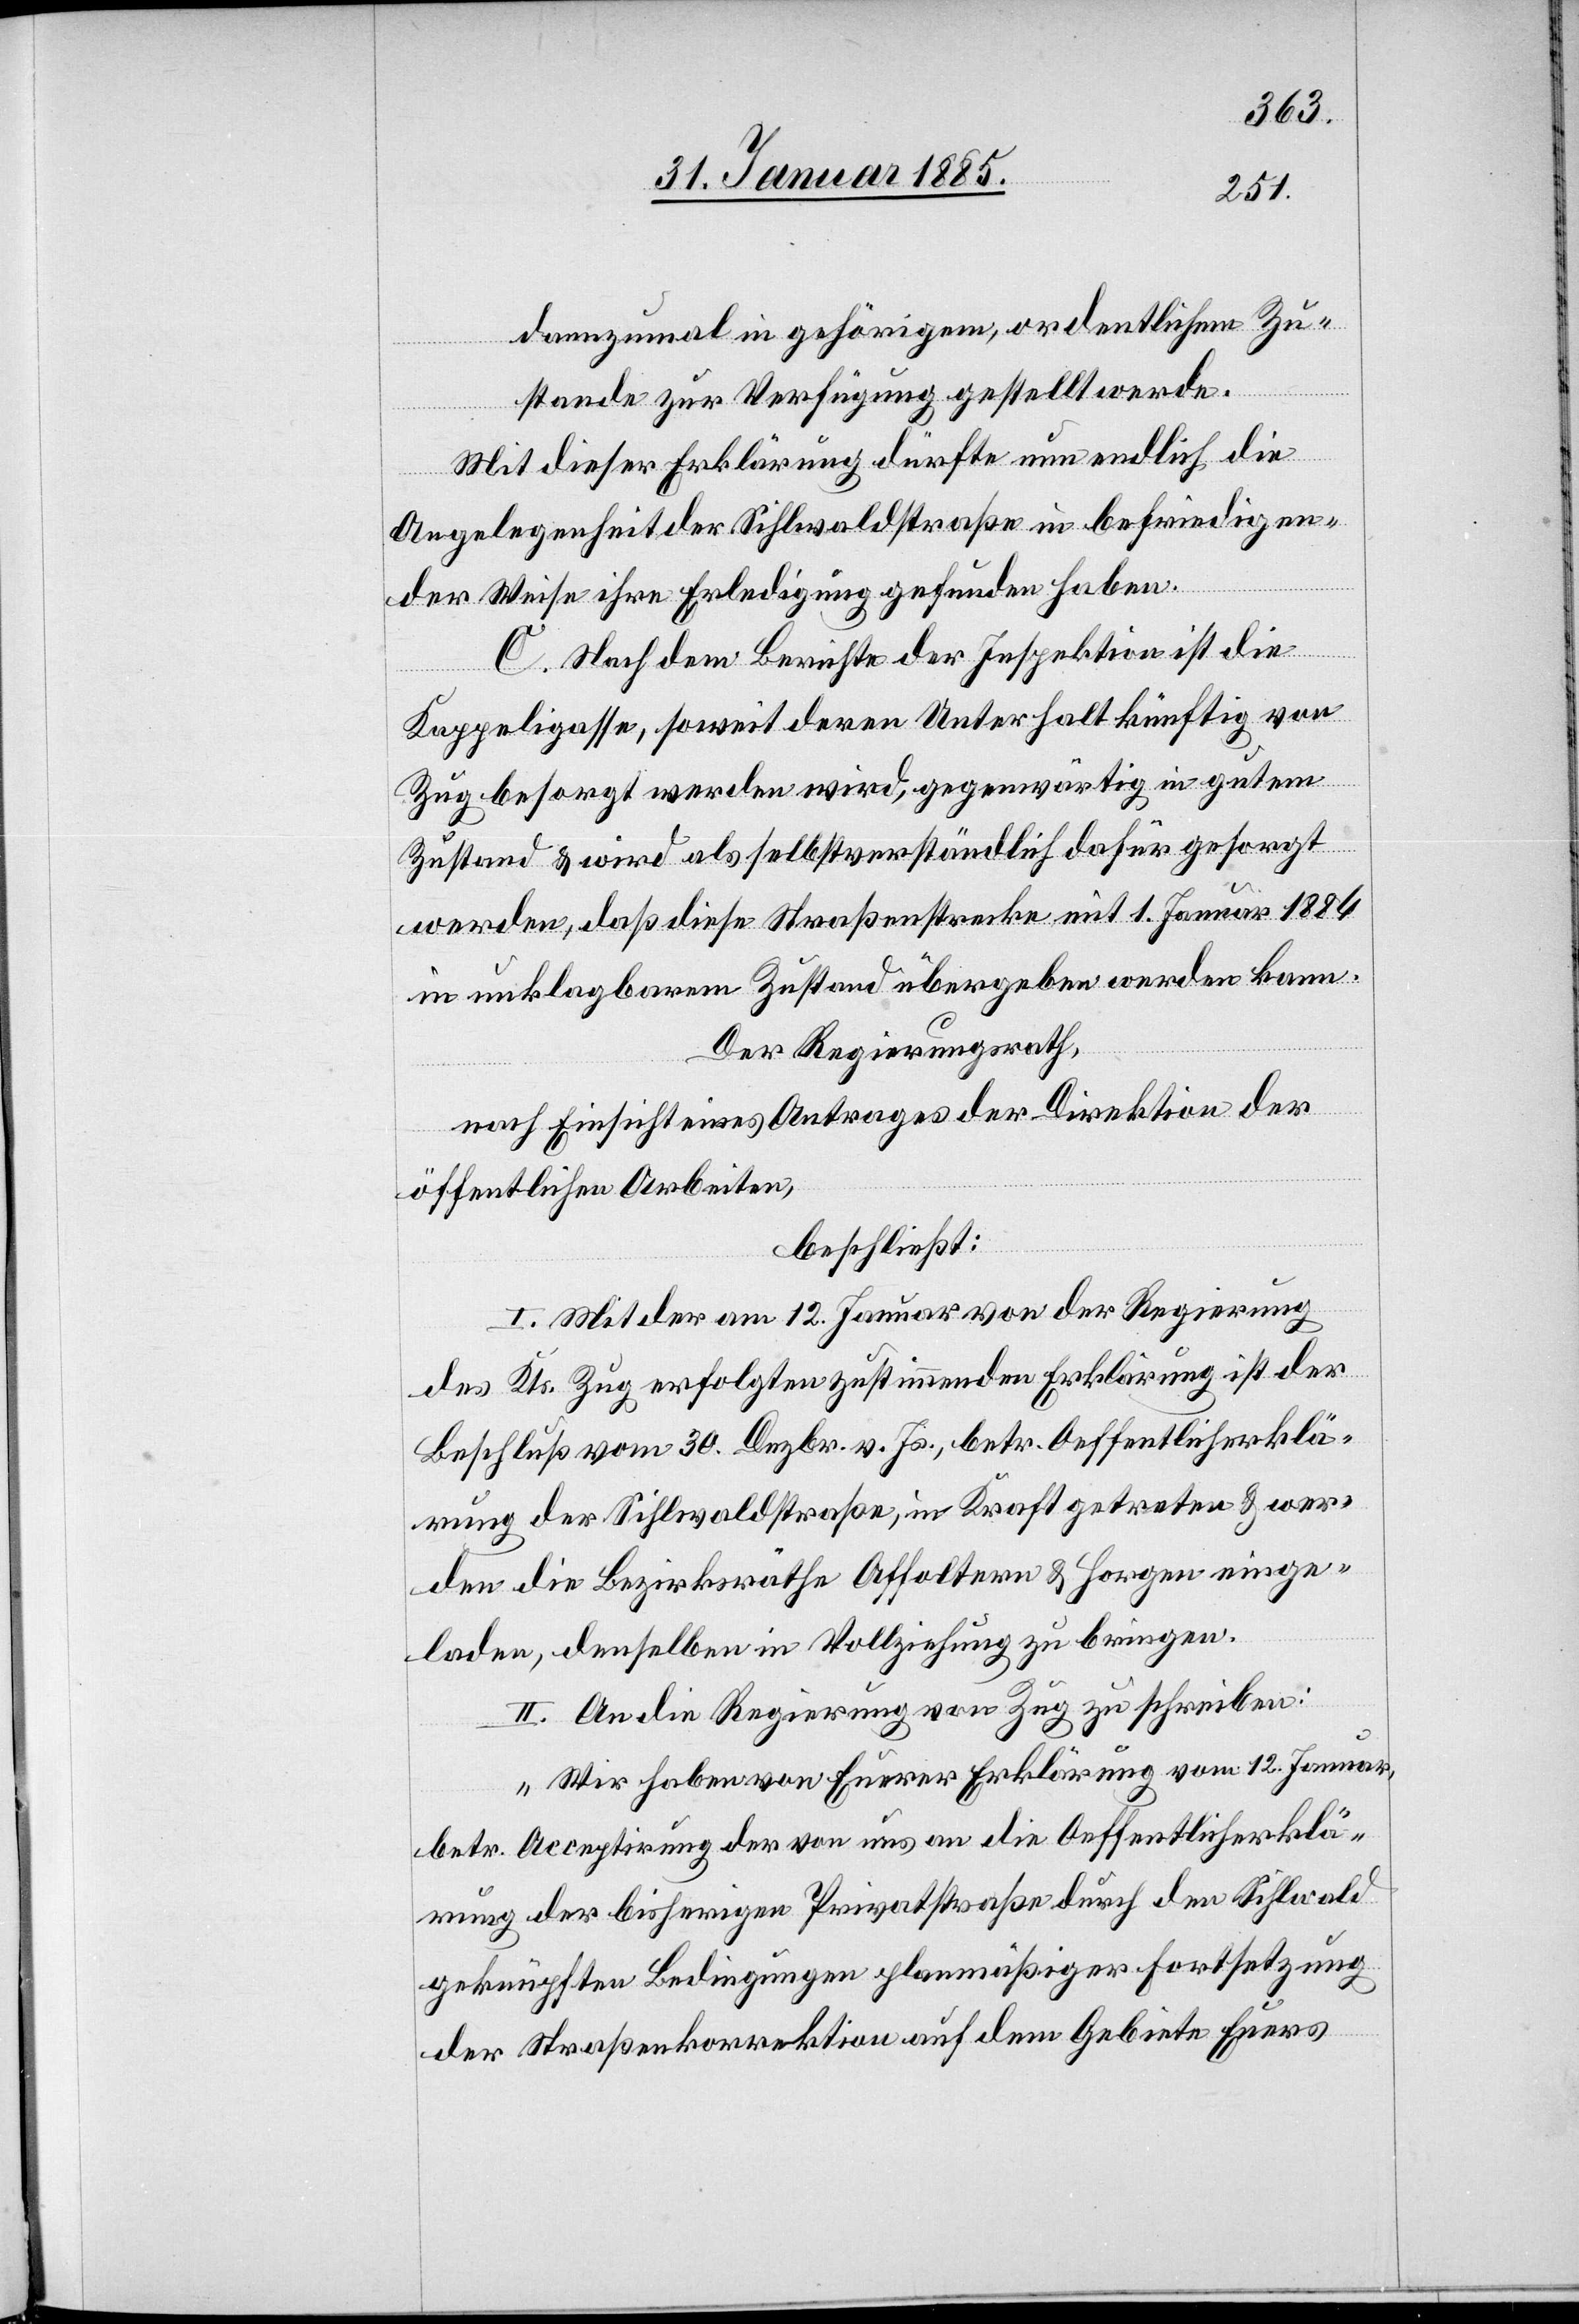
dannzumal in gehörigem, ordentlichen Zu¬
stande zur Verfügung gestellt werde.
Mit dieser Erklärung dürfte nun endlich die
Angelegenheit der Sihlwaldstraße in befriedigen¬
der Weise ihre Erledigung gefunden haben.
C. Nach dem Berichte der Inspektion ist die
Kappeligasse soweit deren Unterhalt künftig von
Zug besorgt werden wird, gegenwärtig in gutem
Zustand & wird als selbstverständlich dafür gesorgt
werden, daß diese Straßenstrecke mit 1. Januar 1884
in unklagbarem Zustand übergeben werden kann.
Der Regierungsrath,
nach Einsicht eines Antrages der Direktion der
öffentlichen Arbeiten,
beschließt:
I. Mit der am 12. Januar von der Regierung
des Kts. Zug erfolgten zustimmenden Erklärung ist der
Beschluß vom 30. Dezbr. v. Js. betr. Oeffentlicherklä¬
rung der Sihlwaldstraße, in Kraft getreten & wer¬
den die Bezirksräthe Affoltern & Horgen einge¬
laden, denselben in Vollziehung zu bringen.
II. An die Regierung von Zug zu schreiben:
„Wir haben von Eurer Erklärung vom 12. Januar
betr. Acceptirung der von uns an die Oeffentlicherklä¬
rung der bisherigen Privatstraße durch den Sihlwald
geknüpften Bedingungen planmäßiger Fortsetzung
der Straßenkorrektion auf dem Gebiete Euers